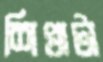
শিখাটা